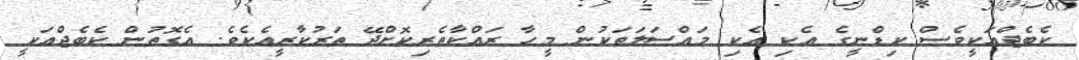
ކެބެޖްއަކީވެސް ކިޑްނީގެ އެކި އެކި މައްސަލަތަކުން މީހާ ރައްކާތެރިކޮށްދޭ ތަރުކާރީއެކެވެ. އެގޮތުން ކެބެޖްއަކީ